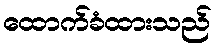
ထောက်ခံထားသည်